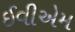
ઈવીએમ